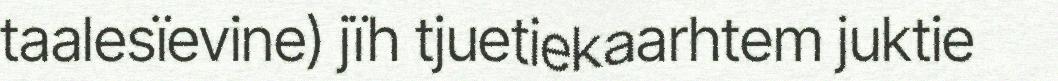
taalesïevine) jïh tjuetiekaarhtem juktie